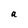
Character: a